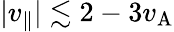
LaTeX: |v_{\parallel}|\lesssim 2-3v_{\mathrm{A}}